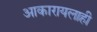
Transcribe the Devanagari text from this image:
आकारायलाही